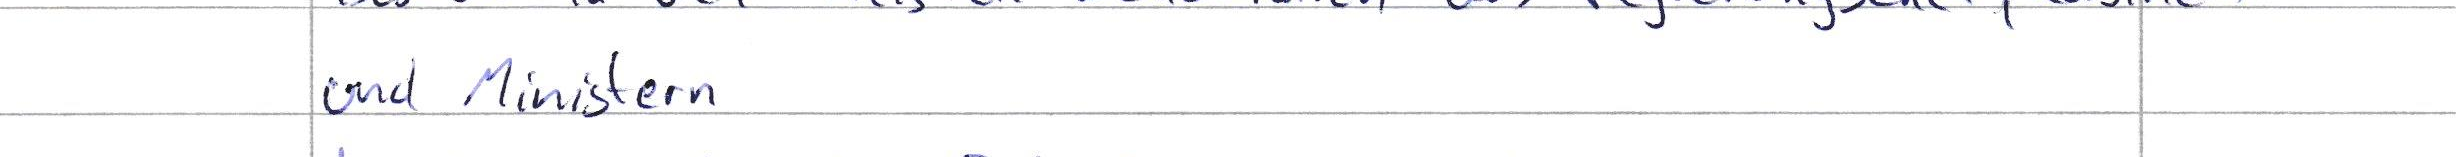
und Ministern